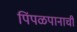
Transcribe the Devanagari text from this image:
पिंपळपानाची